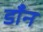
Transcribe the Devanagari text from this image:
डाँन